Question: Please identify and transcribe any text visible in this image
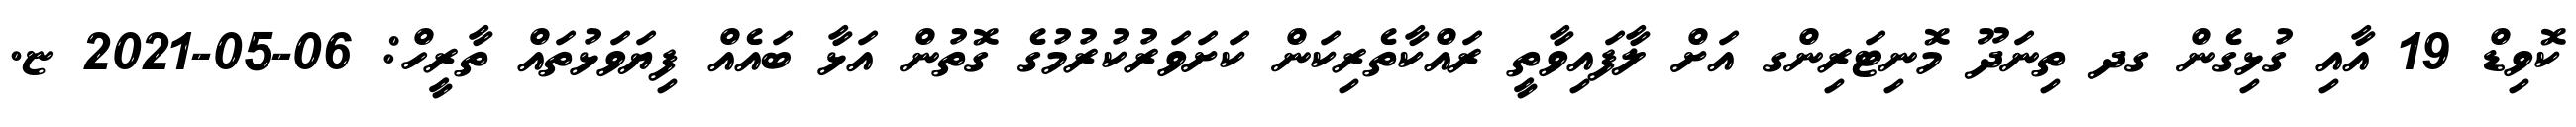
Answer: ކޮވިޑް 19 އާއި ގުޅިގެން ގދ ތިނަދޫ މޮނިޓަރިންގ އަށް ލާފައިވާތީ ރައްކާތެރިކަން ކަށަވަރުކުރުމުގެ ގޮތުން އަޅާ ބައެއް ފިޔަވަޅުތައް ތާރީހް: 06-05-2021 ޏ.